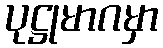
ပုဋ္ဌုမာဂမှာ